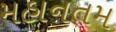
મહાનતમ